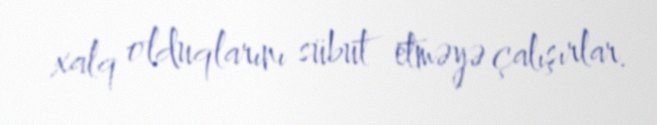
xalq olduqlarını sübut etməyə çalışırlar.